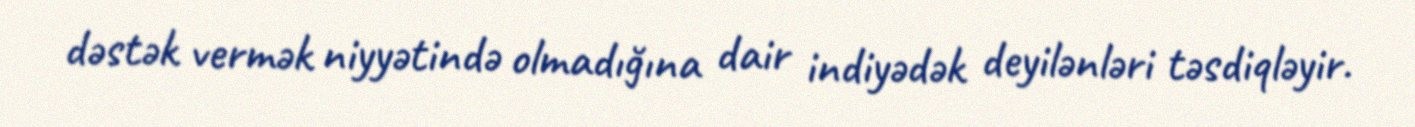
dəstək vermək niyyətində olmadığına dair indiyədək deyilənləri təsdiqləyir.